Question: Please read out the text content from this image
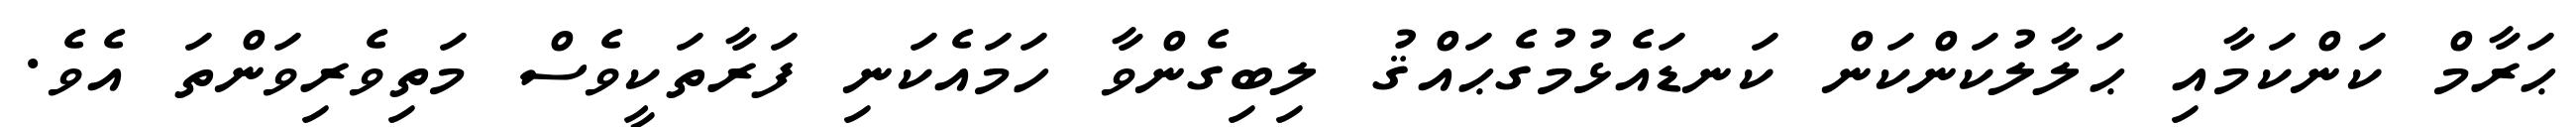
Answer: ޙަރާމް ކަންކަމާއި ޙަލާލުކަންކަން ކަނޑައެޅުމުގެޙައްޤު ލިބިގެންވާ ހަމައެކަނި ފަރާތަކީވެސް މަތިވެރިވަންތަ އެވެ.